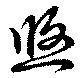
悠